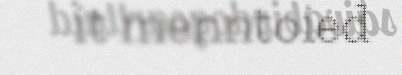
it menntoied